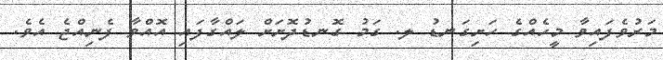
މަރުވެފައިވާ މީހެއްގެ ހަށިގަނޑު ލ. ގަމު ގޮނޑުދޮށަށް ލައްގާފައި އޮއްވާ ފެނިއްޖެ އެވެ.